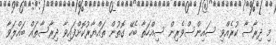
މި ދިރާސާ ކުރެއްވި ސައިންސްވެރިން ސިއްހަތާ ބެހޭ ގޮތުން ތައްޔާރުކޮށްފައިވާ ދިރާސާތައް ބައްލަވާ